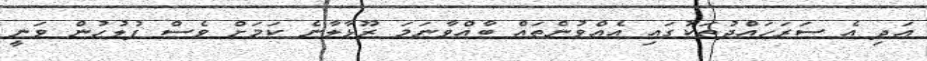
އަދި އެ ސަރަހައްދުތަކުގައި އެއްވުންތައް ބާއްވާނަމަ ރޫޅާލާނެ ކަމަށް ވެސް ފުލުހުން ވަނީ